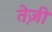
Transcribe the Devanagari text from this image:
ते़ज़ी